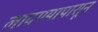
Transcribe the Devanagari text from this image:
लादण्यापासून